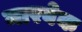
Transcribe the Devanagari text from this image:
मारबेक